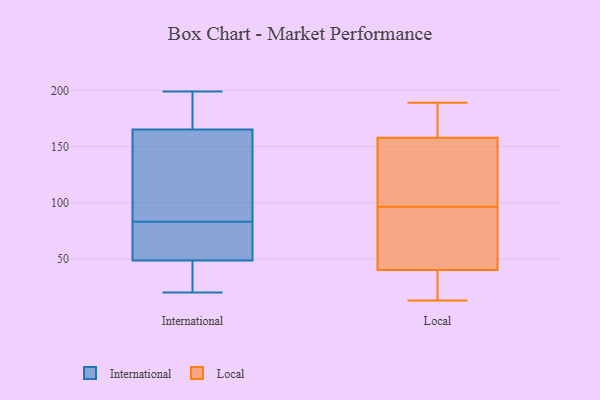
{"axis": {"x": "Budget (USD K)", "y": "Value"}, "legend": ["International", "Local"], "data": [{"x": "", "y": 119, "type": "International"}, {"x": "", "y": 21, "type": "International"}, {"x": "", "y": 68, "type": "International"}, {"x": "", "y": 20, "type": "International"}, {"x": "", "y": 25, "type": "International"}, {"x": "", "y": 168, "type": "International"}, {"x": "", "y": 93, "type": "International"}, {"x": "", "y": 48, "type": "International"}, {"x": "", "y": 157, "type": "International"}, {"x": "", "y": 83, "type": "International"}, {"x": "", "y": 81, "type": "International"}, {"x": "", "y": 50, "type": "International"}, {"x": "", "y": 199, "type": "International"}, {"x": "", "y": 170, "type": "International"}, {"x": "", "y": 177, "type": "International"}, {"x": "", "y": 100, "type": "Local"}, {"x": "", "y": 13, "type": "Local"}, {"x": "", "y": 180, "type": "Local"}, {"x": "", "y": 189, "type": "Local"}, {"x": "", "y": 139, "type": "Local"}, {"x": "", "y": 25, "type": "Local"}, {"x": "", "y": 13, "type": "Local"}, {"x": "", "y": 40, "type": "Local"}, {"x": "", "y": 124, "type": "Local"}, {"x": "", "y": 112, "type": "Local"}, {"x": "", "y": 167, "type": "Local"}, {"x": "", "y": 93, "type": "Local"}, {"x": "", "y": 89, "type": "Local"}, {"x": "", "y": 158, "type": "Local"}, {"x": "", "y": 171, "type": "Local"}, {"x": "", "y": 64, "type": "Local"}, {"x": "", "y": 36, "type": "Local"}, {"x": "", "y": 64, "type": "Local"}]}